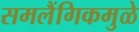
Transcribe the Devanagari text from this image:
समलैंगिकमुळे